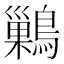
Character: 𪅕